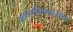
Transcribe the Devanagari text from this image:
आचारविचारांतील